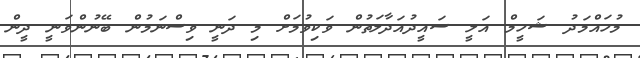
މުހައްމަދު ޝަހީމް އަލީ ސައީދުއަދާލަތުން ވަކިވުމަށް މި ދަނީ ވިސްނަމުން ބޭނުންވަނީ ދީން